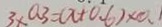
3 \times a 3 = ( x + 0 . 6 ) \times 0 . 1